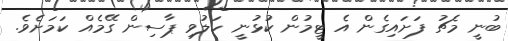
ބުނީ މެޗު ފަށައިގެން އެ ޓީމުން ކުޅުނީ ހަލުވި ޕާސިން ގޭމެއް ކަމަށެވެ.